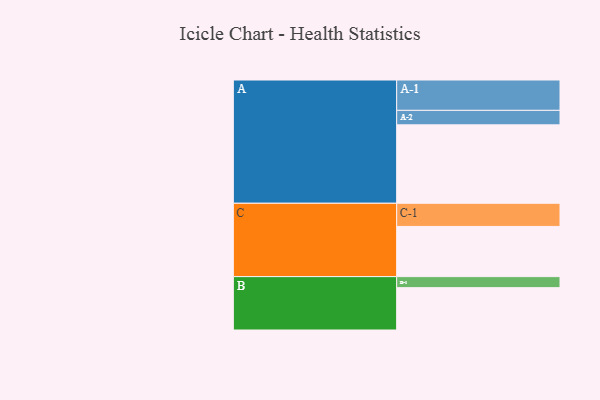
{"axis": {"x": "Segment", "y": "Value"}, "legend": ["", "A", "B", "C"], "data": [{"x": "A", "y": 589, "type": ""}, {"x": "B", "y": 318, "type": ""}, {"x": "C", "y": 377, "type": ""}, {"x": "A-1", "y": 228, "type": "A"}, {"x": "A-2", "y": 109, "type": "A"}, {"x": "B-1", "y": 83, "type": "B"}, {"x": "C-1", "y": 174, "type": "C"}]}